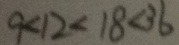
9 < 1 2 < 1 8 < 3 6